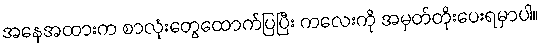
အနေအထားက စာလုံးတွေထောက်ပြပြီး ကလေးကို အမှတ်တိုးပေးရမှာပါ။